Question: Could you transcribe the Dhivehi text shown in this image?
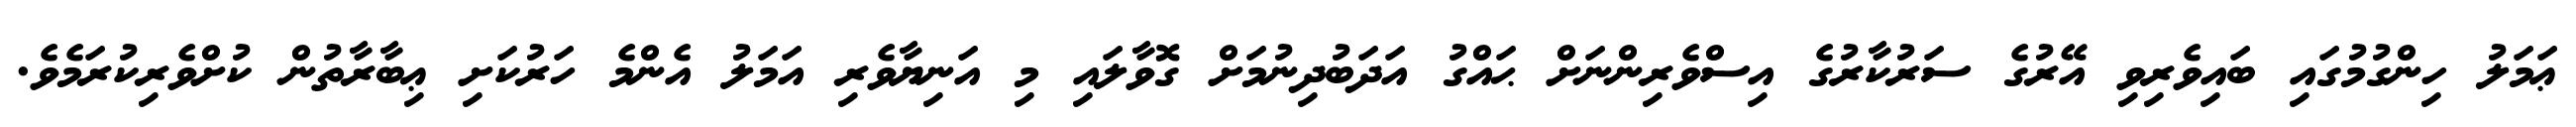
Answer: ޢަމަލު ހިންގުމުގައި ބައިވެރިވި އޭރުގެ ސަރުކާރުގެ އިސްވެރިންނަށް ޙައްގު އަދަބުދިނުމަށް ގޮވާލައި މި އަނިޔާވެރި އަމަލު އެންމެ ހަރުކަށި ޢިބާރާތުން ކުށްވެރިކުރަމެވެ.